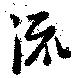
流